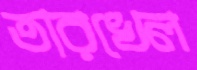
তারখেল